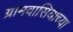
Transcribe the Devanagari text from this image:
ग्रामवासियांच्या